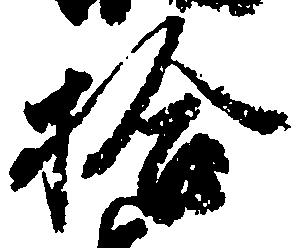
拾